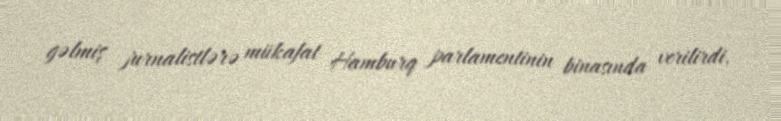
gəlmiş jurnalistlərə mükafat Hamburq parlamentinin binasında verilirdi.